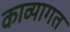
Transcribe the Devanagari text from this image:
काव्यागत